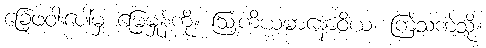
ခြေဖဝါးပေါ်မှ မြေမှုန့်ကို။ ဩကိယမာနောဝိယ၊ ကြဲသကဲ့သို့။